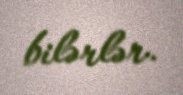
bilərlər.